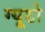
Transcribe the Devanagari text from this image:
ग्यूडो